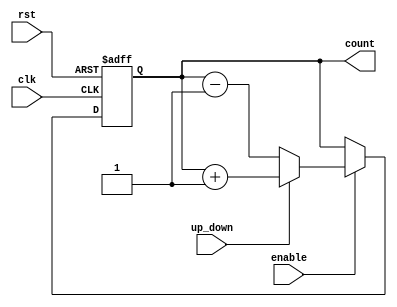
module up_down_counter (
    input wire clk,          // Clock signal
    input wire rst,          // Asynchronous reset
    input wire up_down,      // Up/Down control signal
    input wire enable,       // Enable signal
    output reg [N-1:0] count // Counter output
);
    parameter N = 4; // Width of the counter (number of bits)

    // Asynchronous reset and counting logic
    always @(posedge clk or posedge rst) begin
        if (rst) begin
            count <= 0; // Reset the counter to zero
        end else if (enable) begin
            if (up_down) begin
                // Count up
                count <= count + 1;
            end else begin
                // Count down
                count <= count - 1;
            end
        end
    end

endmodule